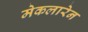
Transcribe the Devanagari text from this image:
मेकलारेन